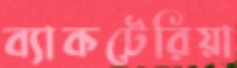
ব্যাকটেরিয়া